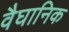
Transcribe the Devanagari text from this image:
वैघानिक